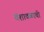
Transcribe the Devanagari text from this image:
वंशावळाची